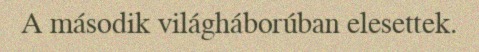
A második világháborúban elesettek.